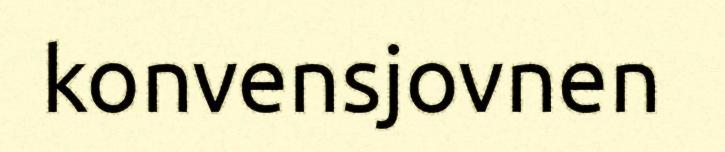
konvensjovnen